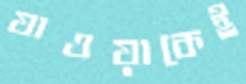
যাওয়াকেই